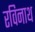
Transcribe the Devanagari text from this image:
रविनाथ